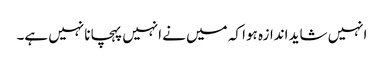
انہیں شاید اندازہ ہوا کہ میں نے انہیں پہچانا نہیں ہے۔